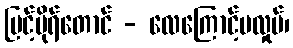
မြင့်မိုရ်တောင် - လေကြောင့်မလှုပ်၊